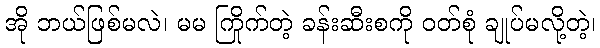
အို ဘယ်ဖြစ်မလဲ၊ မမ ကြိုက်တဲ့ ခန်းဆီးစကို ဝတ်စုံ ချုပ်မလို့တဲ့၊